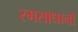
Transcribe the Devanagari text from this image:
स्मसाधानो